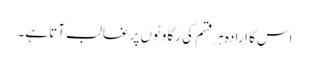
اس کا ارادہ ہر قسم کی رکاوٹوں پر غالب آتا ہے۔